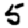
Digit: 5